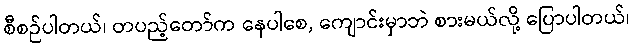
စီစဉ်ပါတယ်၊ တပည့်တော်က နေပါစေ, ကျောင်းမှာဘဲ စားမယ်လို့ ပြောပါတယ်၊